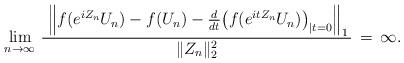
LaTeX: \begin{align*}\lim_{n\to\infty}\,\frac{\ \Big\| f(e^{i Z_n} U_n)-f(U_n)-\frac{d}{dt}\bigl(f(e^{it Z_n}U_n)\bigr)_{\vert t=0}\Big\|_1\,}{\|Z_n\|_2^2}\,=\,\infty.\end{align*}